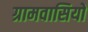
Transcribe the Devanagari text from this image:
ग्रामवासियो